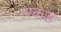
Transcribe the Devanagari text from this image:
पकड